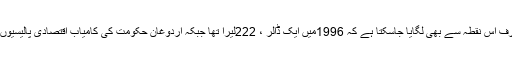
ترکی معیشت کا اندازا صرف اس نقطہ سے بھی لگایا جاسکتا ہے کہ 1996میں ایک ڈالر ، 222لیرا تھا جبکہ اردوغان حکومت کی کامیاب اقتصادی پالیسیوں کے بعد آج ایک ڈالر 94۔